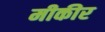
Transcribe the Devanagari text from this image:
मीकीर